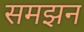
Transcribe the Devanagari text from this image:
समझन